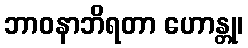
ဘာဝနာဘိရတာ ဟောန္တု၊